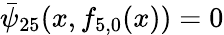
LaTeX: \bar{\psi}_{25}(x,{f}_{5,0}(x))=0